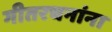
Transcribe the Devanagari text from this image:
गीतरचनांना